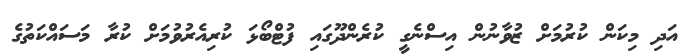
އަދި މިކަން ކުރުމަށް ޒުވާނުން އިސްނެގީ ކުރެންދޫގައި ފުޓްބޯޅަ ކުރިއެރުވުމަށް ކުރާ މަސައްކަތުގެ